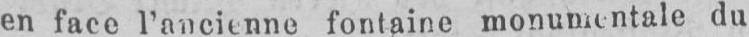
en face l’ancienne fontaine monumentale du